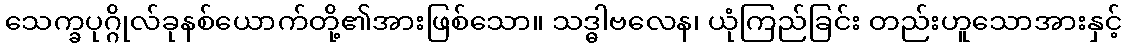
သေက္ခပုဂ္ဂိုလ်ခုနစ်ယောက်တို့၏အားဖြစ်သော။ သဒ္ဓါဗလေန၊ ယုံကြည်ခြင်း တည်းဟူသောအားနှင့်